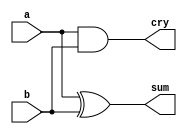
/*
 * Generated by Digital. Don't modify this file!
 * Any changes will be lost if this file is regenerated.
 */

module half_adder (
  input a,
  input b,
  output sum,
  output cry
);
  assign sum = (a ^ b);
  assign cry = (a & b);
endmodule

module incrementer (
  input [3:0] a,
  input inc,
  output cry,
  output [3:0] y
);
  wire s0;
  wire s1;
  wire s2;
  wire s3;
  wire s4;
  wire s5;
  wire s6;
  wire s7;
  wire s8;
  wire s9;
  wire s10;
  assign s0 = a[3];
  assign s3 = a[2];
  assign s6 = a[1];
  assign s9 = a[0];
  half_adder half_adder_i0 (
    .a( s9 ),
    .b( inc ),
    .sum( s10 ),
    .cry( s7 )
  );
  half_adder half_adder_i1 (
    .a( s6 ),
    .b( s7 ),
    .sum( s8 ),
    .cry( s4 )
  );
  half_adder half_adder_i2 (
    .a( s3 ),
    .b( s4 ),
    .sum( s5 ),
    .cry( s1 )
  );
  half_adder half_adder_i3 (
    .a( s0 ),
    .b( s1 ),
    .sum( s2 ),
    .cry( cry )
  );
  assign y[3] = s2;
  assign y[2] = s5;
  assign y[1] = s8;
  assign y[0] = s10;
endmodule